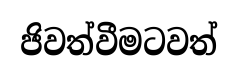
ජිවත්වීමටවත්